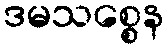
ဒမသစ္စေန